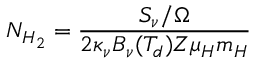
N _ { H _ { 2 } } = \frac { S _ { \nu } / \Omega } { 2 \kappa _ { \nu } B _ { \nu } ( T _ { d } ) Z \mu _ { H } m _ { H } }